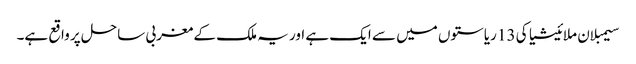
سیمبلان ملائیشیا کی 13 ریاستوں میں سے ایک ہے اور یہ ملک کے مغربی ساحل پر واقع ہے۔